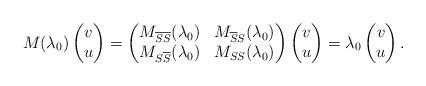
LaTeX: \begin{align*}M(\lambda_0)\begin{pmatrix}v\\u\end{pmatrix}=\begin{pmatrix}M_{\overline S\overline S}(\lambda_0) & M_{\overline SS}(\lambda_0)\\M_{S\overline S}(\lambda_0) & M_{SS}(\lambda_0)\end{pmatrix}\begin{pmatrix}v\\u\end{pmatrix}=\lambda_0\begin{pmatrix}v\\u\end{pmatrix}.\end{align*}